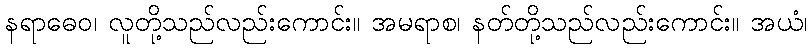
နရာဓေဝ၊ လူတို့သည်လည်းကောင်း။ အမရာစ၊ နတ်တို့သည်လည်းကောင်း။ အယံ၊